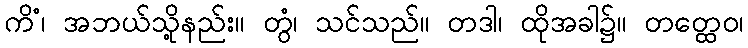
ကိံ၊ အဘယ်သို့နည်း။ တွံ၊ သင်သည်။ တဒါ၊ ထိုအခါ၌။ တတ္ထေဝ၊